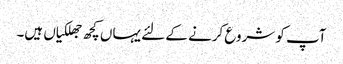
آپ کو شروع کرنے کے لئے یہاں کچھ جھلکیاں ہیں۔